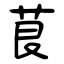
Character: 茛